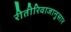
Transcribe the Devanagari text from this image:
रीतीरिवाजानुसार